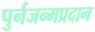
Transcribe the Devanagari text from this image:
पुर्नजन्मप्रदान